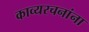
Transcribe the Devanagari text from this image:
काव्यरचनांना